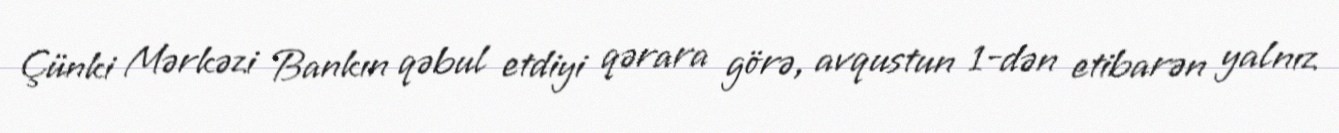
Çünki Mərkəzi Bankın qəbul etdiyi qərara görə, avqustun 1-dən etibarən yalnız